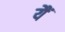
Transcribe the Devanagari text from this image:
यैं